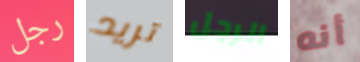
رجل تريد الرجل أنه